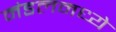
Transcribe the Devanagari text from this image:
मंडलमध्ये